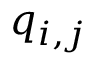
q _ { i , j }